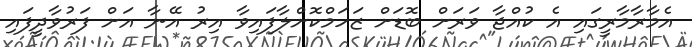
އެމާރާމާރީގައި އެ ކުއްޖާ ވަރަށް ބޮޑަށް ޒަހަމްކޮށްލާފައިވާ އިރު އޭނާ އަށް ފަރުވާދީފައި